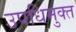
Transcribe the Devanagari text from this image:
उपधिमुक्त